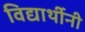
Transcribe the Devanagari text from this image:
विद्यार्थीनी